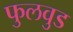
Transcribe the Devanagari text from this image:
फुलवुड